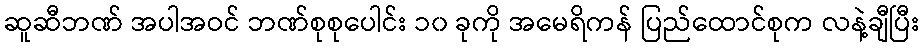
ဆူဆီဘဏ် အပါအဝင် ဘဏ်စုစုပေါင်း ၁၀ ခုကို အမေရိကန် ပြည်ထောင်စုက လနဲ့ချီပြီး